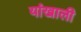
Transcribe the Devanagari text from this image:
यांखाली